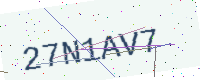
Text: 27N1AV7